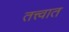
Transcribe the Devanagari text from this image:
तत्त्वात